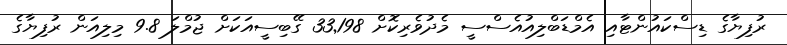
ރުފިޔާގެ ޑިސްކައުންޓާއި އެމްޑަބްލިއުއެސްސީ މެދުވެރިކޮށް 33